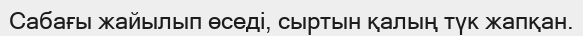
Сабағы жайылып өседі, сыртын қалың түк жапқан.